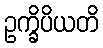
ဥက္ခိပိယတိ